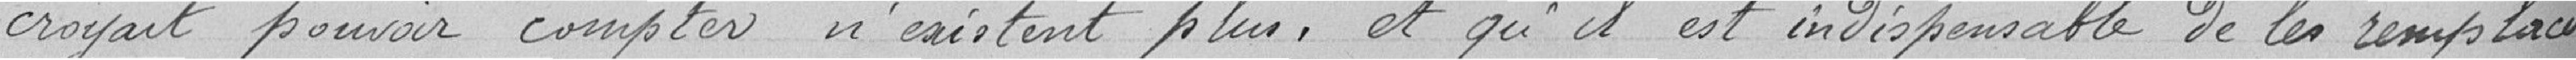
croyait pouvoir compter n'existent plus et qu'il est indispensable de les remplacer